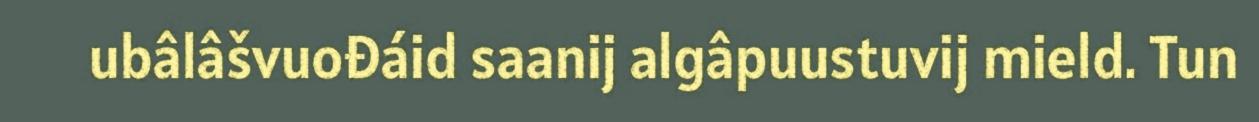
ubâlâšvuođáid saanij algâpuustuvij mield. Tun